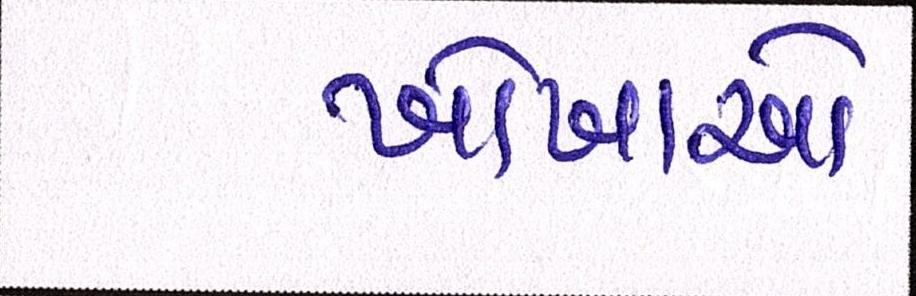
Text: ખોખાઓ